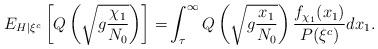
LaTeX: \begin{align*}\displaystyle E_{H\vert\xi^{c}}\left[Q\left(\sqrt{g\frac{\chi_{1}}{N_{0}}}\right)\right]=&\int_{\tau}^{\infty} Q \left(\sqrt{g\frac{x_{1}}{N_{0}}}\right) \dfrac{f_{\chi_1}(x_1)}{P(\xi^{c})} dx_1.\end{align*}